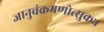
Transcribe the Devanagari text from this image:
जानुचंक्रमणोत्सुकः।